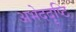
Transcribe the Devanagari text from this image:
अभेददृष्टि